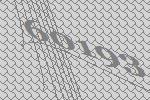
60193